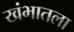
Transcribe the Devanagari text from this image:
खंभातला